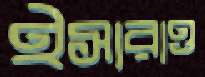
ইসারাও